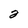
Character: 2